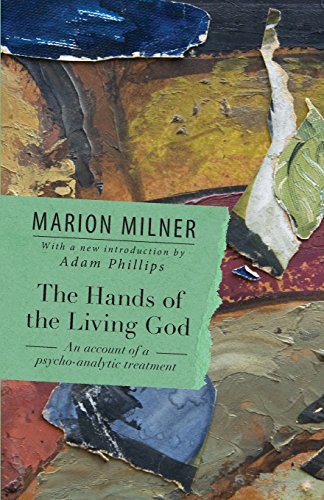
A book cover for The Hands of the Living God: An Account of a Psycho-analytic Treatment; Marion Milner; Health, Fitness & Dieting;